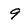
Character: 9